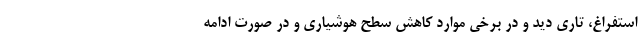
استفراغ، تاری دید و در برخی موارد کاهش سطح هوشیاری و در صورت ادامه